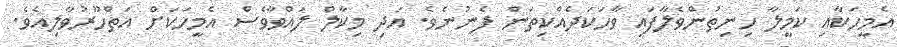
އެމީހަކާއި ކަމީލާ ހިނިތުންވެލާފައި ވާހަކަދެއްކިތަން ފެނުނެވެ. އަދި މިކާލް ލައްވާވެސް އެމީހަކަށް އަތްހޫރުވާލިއެވެ.